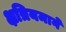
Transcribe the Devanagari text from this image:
क्षत्रियमाने